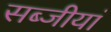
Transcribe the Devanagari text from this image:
सब्जीयां